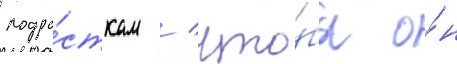
подро́сткам / что́бы о́н